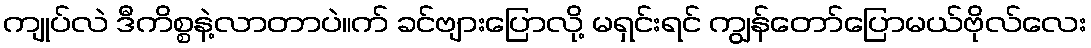
ကျုပ်လဲ ဒီကိစ္စနဲ့လာတာပဲ။က် ခင်ဗျားပြောလို့ မရှင်းရင် ကျွန်တော်ပြောမယ်ဗိုလ်လေး